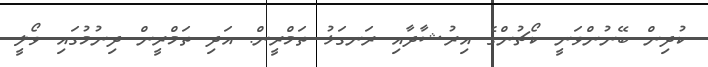
ކުދިން ބޭނުންވަނީ ކޯޗުންގެ އިރުޝާދާއި ރަނގަޅު ތަމްރީން. އަދި ތަމްރީން ދިނުމުގައި ވޯލީ